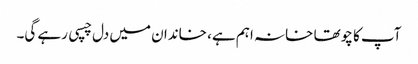
آپ کا چوتھا خانہ اہم ہے، خاندان میں دل چسپی رہے گی۔